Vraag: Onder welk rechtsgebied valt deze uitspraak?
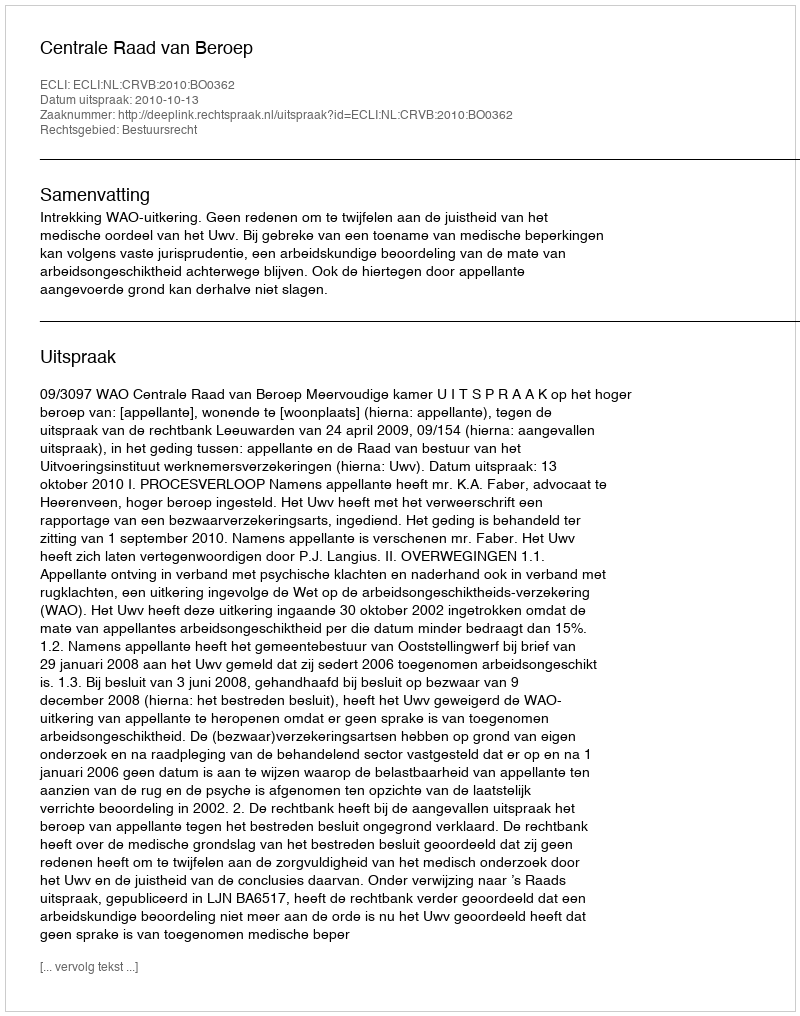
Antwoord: Bestuursrecht